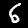
Label: 6